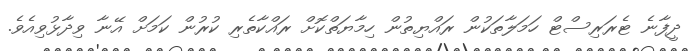
ދީފާނެ ޓެރަރިސްޓް ހަމަލާތަކުން ރައްޔިތުން ހިމާޔަތްކޮށް ރައްކާތެރި ކުރުން ކަމަށް އޭނާ ވިދާޅުވިއެވެ.